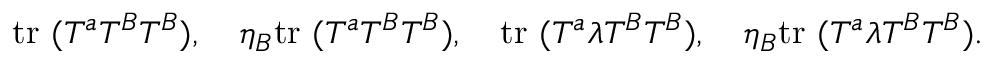
\mathrm { t r } ~ ( T ^ { a } T ^ { B } T ^ { B } ) , \quad \eta _ { B } \mathrm { t r } ~ ( T ^ { a } T ^ { B } T ^ { B } ) , \quad \mathrm { t r } ~ ( T ^ { a } \lambda T ^ { B } T ^ { B } ) , \quad \eta _ { B } \mathrm { t r } ~ ( T ^ { a } \lambda T ^ { B } T ^ { B } ) .